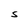
Character: S